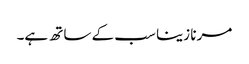
مرنا زینا سب کے ساتھ ہے۔